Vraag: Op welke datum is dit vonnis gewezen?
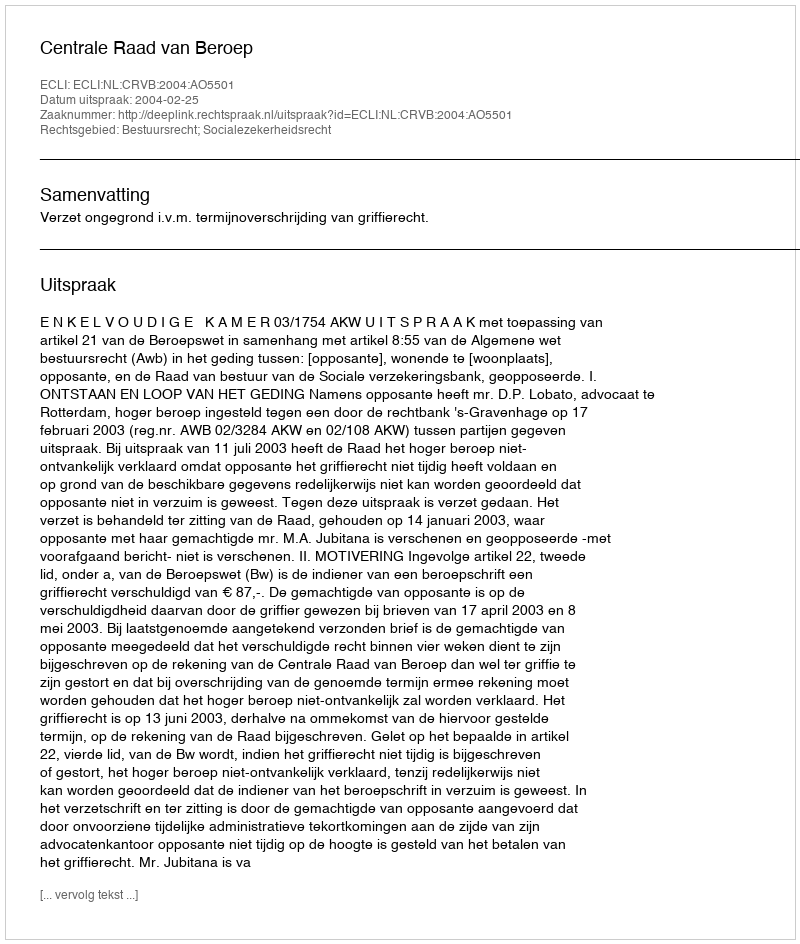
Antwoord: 2004-02-25